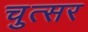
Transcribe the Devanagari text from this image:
चुत्सर